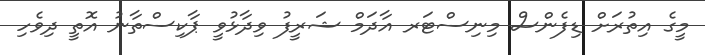
މީގެ އިތުރަށް ޑިފެންސް މިނިސްޓަރ އާދަމް ޝަރީފު ވިދާޅުވީ ޕާކިސްތާނު އޮތީ ދިވެހި